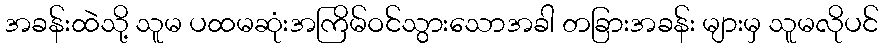
အခန်းထဲသို့ သူမ ပထမဆုံးအကြိမ်ဝင်သွားသောအခါ တခြားအခန်း များမှ သူမလိုပင်